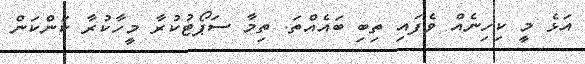
އަޅެ މީ ކިހިނެއް ވެފައި ތިބި ބައެއްތަ. ތިމާ ސަޕޯޓުކުރާ މީހާކުރާ ކަންކަން